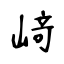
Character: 﨑